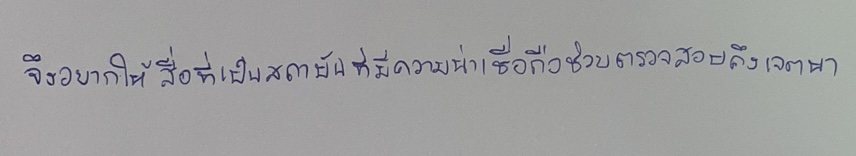
จึงอยากให้สื่อที่เป็นสถาบันที่มีความน่าเชื่อถือช่วยตรวจสอบถึงเจตนา